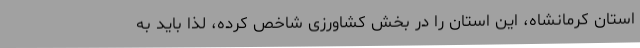
استان کرمانشاه، این استان را در بخش کشاورزی شاخص کرده، لذا باید به